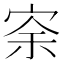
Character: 𡨀